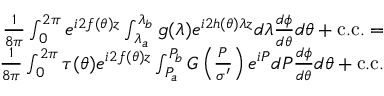
\begin{array} { r } { \frac { 1 } { 8 \pi } \int _ { 0 } ^ { 2 \pi } e ^ { i 2 f ( \theta ) z } \int _ { \lambda _ { a } } ^ { \lambda _ { b } } g ( \lambda ) e ^ { i 2 h ( \theta ) \lambda z } d \lambda \frac { d \phi } { d \theta } d \theta + \mathrm { c . c . } = } \\ { \frac { 1 } { 8 \pi } \int _ { 0 } ^ { 2 \pi } \tau ( \theta ) e ^ { i 2 f ( \theta ) z } \int _ { P _ { a } } ^ { P _ { b } } G \left( \frac { P } { \sigma ^ { \prime } } \right) e ^ { i P } d P \frac { d \phi } { d \theta } d \theta + \mathrm { c . c . } } \end{array}